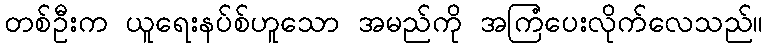
တစ်ဦးက ယူရေးနပ်စ်ဟူသော အမည်ကို အကြံပေးလိုက်လေသည်။